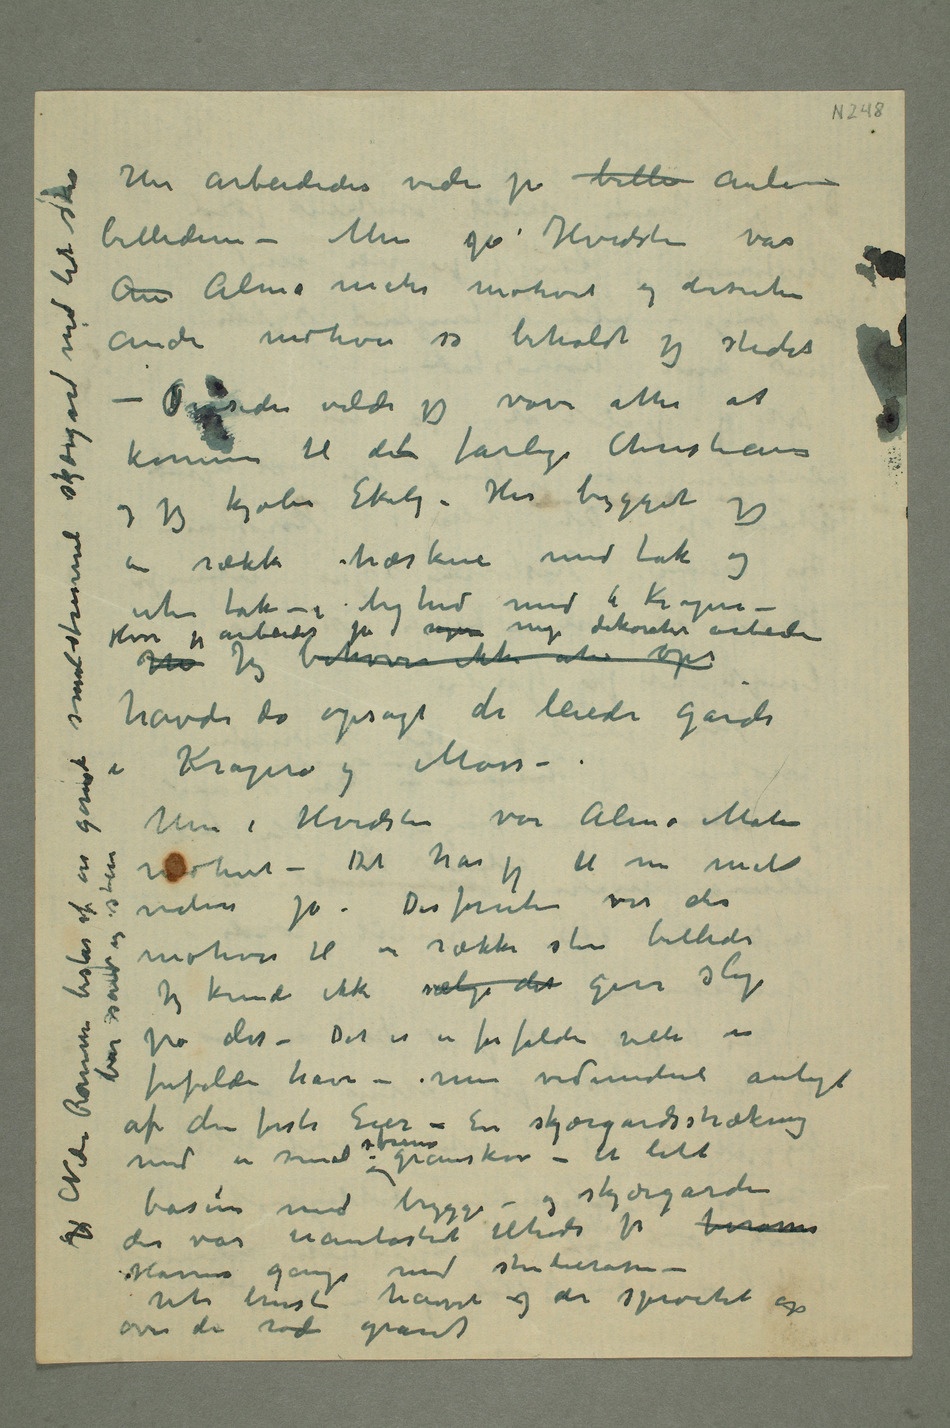
billederne – Men på Hvidsten var
andre motiver så beholdt jeg stedet
komme til dent farlige Christiania
og jeg kjøber Ekely – Her bygget jeg
en række træskur med tak og
– Hvor jeg arbeidet på sager nye dekorative arbeider
havde da opsagt de leiede gårde
i Kragerø og Moss
– Men i Hvidsten var var Alma Mater
videre på – Desforuten var der
på det – Det er en forfalden villa en
forfalden have – men vidunderli anlagt
af den første Eier – En skjærgårdsstrækning
med en smal strime granskov – Et litet
basin med brygge – og skjærgården
Havens gange med stenterassen –
Ute bruste havet og der sprøitet op
over den røde granit